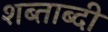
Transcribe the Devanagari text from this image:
शब्ताब्दी